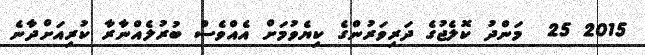
2015 25  މަންދު ކޮލެޖުގެ ދަރިވަރުންގެ ކިޔެވުމަށް އެއްވެސް ބުރުލެއްނާރާ ކުރިއަށްދާނެ